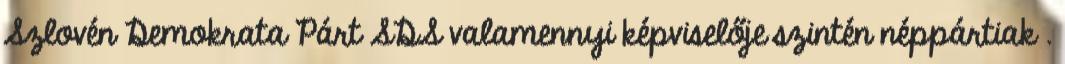
Szlovén Demokrata Párt SDS valamennyi képviselője szintén néppártiak .